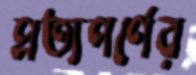
প্রত্যপর্ণের